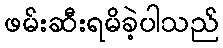
ဖမ်းဆီးရမိခဲ့ပါသည်